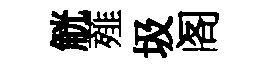
觥薤圾阁